Relation of titanus [i.e. tetanus] to the hypodermic or intramuscular injection of quinine - Number 43
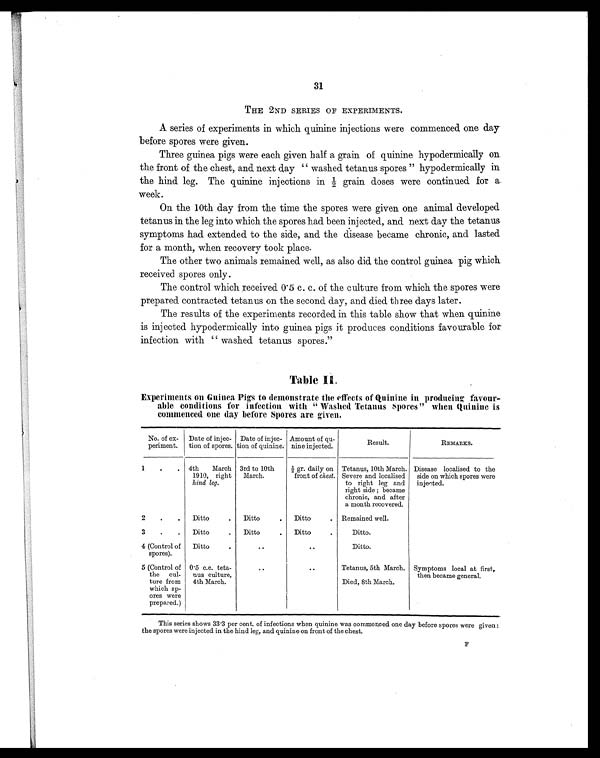
31
THE 2ND SERIES OF EXPERIMENTS.
A series of experiments in which quinine injections were commenced one day
before spores were given.
Three guinea pigs were each given half a grain of quinine hypodermically on
the front of the chest, and next day " washed tetanus spores " hypodermically in
the hind leg. The quinine injections in ½ grain doses were continued for a
week.
On the 10th day from the time the spores were given one animal developed
tetanus in the leg into which the spores had been injected, and next day the tetanus
symptoms had extended to the side, and the disease became chronic, and lasted
for a month, when recovery took place.
The other two animals remained well, as also did the control guinea pig which
received spores only.
The control which received 0.5 c. c. of the culture from which the spores were
prepared contracted tetanus on the second day, and died three days later.
The results of the experiments recorded in this table show that when quinine
is injected hypodermically into guinea pigs it produces conditions favourable for
infection with " washed tetanus spores."
Table II.
Experiments on Guinea Pigs to demonstrate the effects of Quinine in producing favour-
able conditions for infection with " Washed Tetanus Spores " when Quinine is
commenced one day before Spores are given.
No. of ex-
periment.
Date of injec-
tion of spores.
Date of injec-
tion of quinine:
Amount of qu-
nine injected.
Result.
REMARKS.
1
.
. 4th March
1910, right
hind leg.
3rd to 10th
March.
½ gr. daily on
front of chest.
Tetanus, 10th March.
Severe and localised
to right leg and
right side; became
chronic, and after
a month recovered.
Disease localised to the
side on which spores were
injected.
2
.
.
Ditto
.
Ditto
.
Ditto
. Remained well.
3
.
.
Ditto
.
Ditto
.
Ditto
.
Ditto.
4 (Control of
spores).
Ditto
.
..
. .
Ditto.
5 (Control of
the cul-
ture from
which sp-
ores were
prepared.)
0.5 c.c. teta-
nus culture,
4th March.
..
..
Tetanus, 5th March. Symptoms local at first,
then became general.
Died, 8th March.
This series shows 33.3 per cent. of infections when quinine was commenced one day before spores were given:
the spores were injected in the hind leg, and quinine on front of the chest.